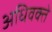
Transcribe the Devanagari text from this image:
अधिवक्ते